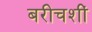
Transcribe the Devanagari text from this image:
बरीचशीं